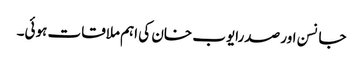
جانسن اور صدرایوب خان کی اہم ملاقات ہوئی۔